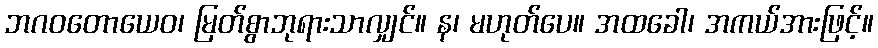
ဘဂဝတောယေဝ၊ မြတ်စွာဘုရားသာလျှင်။ န၊ မဟုတ်ပေ။ အထခေါ၊ အကယ်အားဖြင့်။